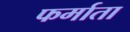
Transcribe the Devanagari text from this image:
फर्माता